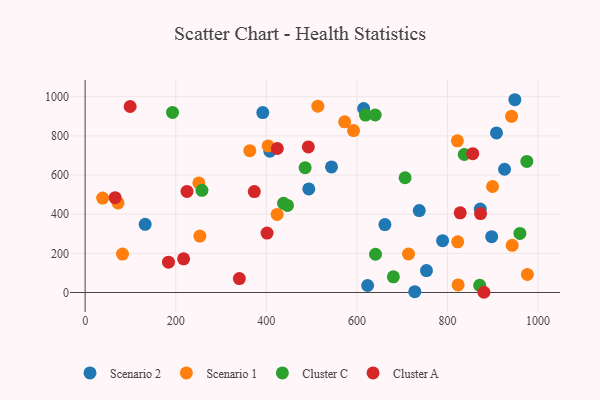
{"axis": {"x": "Investment", "y": "Profit"}, "legend": ["Cluster A", "Cluster C", "Scenario 1", "Scenario 2"], "data": [{"x": "614.9", "y": 939.7, "type": "Scenario 2"}, {"x": "872.3", "y": 426.2, "type": "Scenario 2"}, {"x": "727.8", "y": 4.3, "type": "Scenario 2"}, {"x": "948.8", "y": 984.6, "type": "Scenario 2"}, {"x": "407.9", "y": 721.3, "type": "Scenario 2"}, {"x": "493.8", "y": 529.1, "type": "Scenario 2"}, {"x": "753.6", "y": 112.1, "type": "Scenario 2"}, {"x": "132.5", "y": 348.4, "type": "Scenario 2"}, {"x": "543.9", "y": 641.2, "type": "Scenario 2"}, {"x": "789.2", "y": 264.8, "type": "Scenario 2"}, {"x": "897.6", "y": 285.1, "type": "Scenario 2"}, {"x": "737.7", "y": 418.4, "type": "Scenario 2"}, {"x": "392.2", "y": 918.8, "type": "Scenario 2"}, {"x": "926.0", "y": 629.5, "type": "Scenario 2"}, {"x": "623.7", "y": 35.6, "type": "Scenario 2"}, {"x": "661.8", "y": 347.0, "type": "Scenario 2"}, {"x": "908.2", "y": 814.9, "type": "Scenario 2"}, {"x": "823.5", "y": 38.7, "type": "Scenario 1"}, {"x": "976.4", "y": 92.1, "type": "Scenario 1"}, {"x": "714.0", "y": 196.7, "type": "Scenario 1"}, {"x": "423.9", "y": 398.9, "type": "Scenario 1"}, {"x": "513.8", "y": 951.5, "type": "Scenario 1"}, {"x": "404.0", "y": 748.7, "type": "Scenario 1"}, {"x": "38.6", "y": 482.1, "type": "Scenario 1"}, {"x": "899.5", "y": 541.5, "type": "Scenario 1"}, {"x": "251.0", "y": 559.4, "type": "Scenario 1"}, {"x": "72.6", "y": 457.5, "type": "Scenario 1"}, {"x": "82.5", "y": 196.3, "type": "Scenario 1"}, {"x": "573.0", "y": 871.5, "type": "Scenario 1"}, {"x": "592.6", "y": 827.0, "type": "Scenario 1"}, {"x": "821.9", "y": 774.5, "type": "Scenario 1"}, {"x": "941.4", "y": 899.6, "type": "Scenario 1"}, {"x": "822.6", "y": 259.0, "type": "Scenario 1"}, {"x": "253.3", "y": 288.0, "type": "Scenario 1"}, {"x": "363.6", "y": 724.4, "type": "Scenario 1"}, {"x": "942.9", "y": 241.0, "type": "Scenario 1"}, {"x": "640.4", "y": 906.7, "type": "Cluster C"}, {"x": "618.9", "y": 906.1, "type": "Cluster C"}, {"x": "871.1", "y": 36.6, "type": "Cluster C"}, {"x": "438.0", "y": 455.3, "type": "Cluster C"}, {"x": "837.0", "y": 704.9, "type": "Cluster C"}, {"x": "975.2", "y": 669.3, "type": "Cluster C"}, {"x": "680.5", "y": 80.2, "type": "Cluster C"}, {"x": "257.9", "y": 521.6, "type": "Cluster C"}, {"x": "485.7", "y": 637.5, "type": "Cluster C"}, {"x": "641.1", "y": 195.2, "type": "Cluster C"}, {"x": "192.9", "y": 919.8, "type": "Cluster C"}, {"x": "446.7", "y": 444.9, "type": "Cluster C"}, {"x": "959.9", "y": 301.9, "type": "Cluster C"}, {"x": "706.4", "y": 586.1, "type": "Cluster C"}, {"x": "492.8", "y": 743.4, "type": "Cluster A"}, {"x": "66.2", "y": 484.5, "type": "Cluster A"}, {"x": "217.4", "y": 171.7, "type": "Cluster A"}, {"x": "855.8", "y": 708.8, "type": "Cluster A"}, {"x": "224.9", "y": 516.2, "type": "Cluster A"}, {"x": "99.4", "y": 950.1, "type": "Cluster A"}, {"x": "424.3", "y": 735.4, "type": "Cluster A"}, {"x": "880.5", "y": 1.1, "type": "Cluster A"}, {"x": "184.0", "y": 154.9, "type": "Cluster A"}, {"x": "401.6", "y": 303.5, "type": "Cluster A"}, {"x": "340.5", "y": 71.2, "type": "Cluster A"}, {"x": "873.0", "y": 403.3, "type": "Cluster A"}, {"x": "828.1", "y": 406.9, "type": "Cluster A"}, {"x": "373.5", "y": 515.2, "type": "Cluster A"}]}